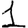
Digit: 1